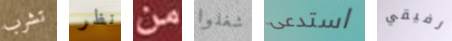
تشرب نظر من شغلوا استدعى رفيقي